Madras plague regulations and rules for district municipalities and other towns and villages
Disease focus: Plague
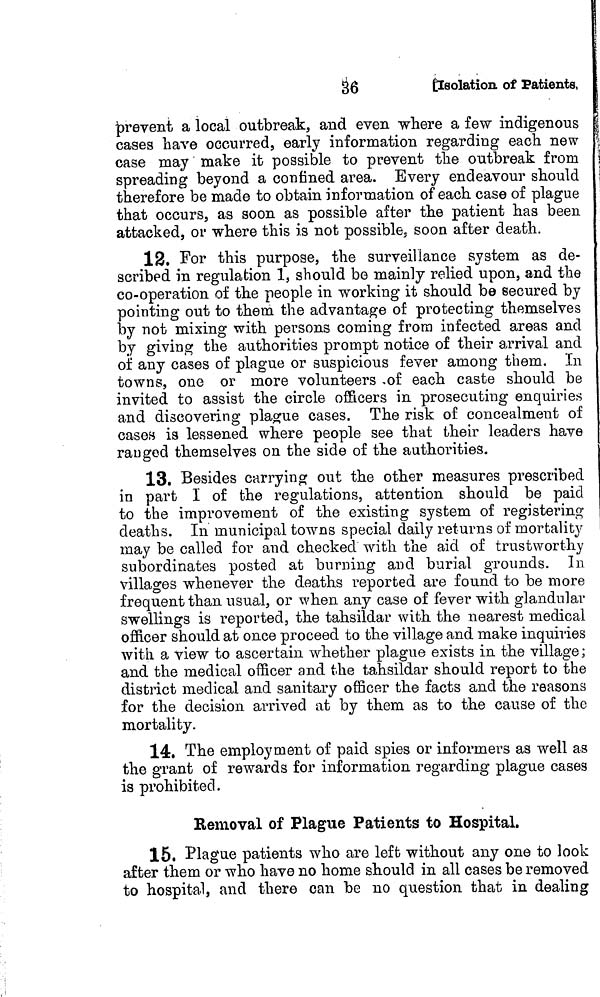
36
Isolation of Patients,
jprevent a local outbreak, and even where a few indigenous
cases have occurred, early information regarding each new
case may make it possible to prevent the outbreak from
spreading beyond a confined area. Every endeavour should
therefore be made to obtain information of each case of plague
that occurs, as soon as possible after the patient has been
attacked, or where this is not possible s soon after death.
12. For this purpose, the surveillance system as de-
scribed in regulation 1, should be mainly relied upon, and the
co-operation of the people in working it should be secured by
pointing out to them the advantage of protecting themselves
by not mixing with persons coming from infected areas and
by giving the authorities prompt notice of their arrival and
of any cases of plague or suspicious fever among them. In
towns, one or more volunteers of each caste should be
invited to assist the circle officers in prosecuting enquiries
and discovering plague cases. The risk of concealment of
cases is lessened where people see that their leaders have
ranged themselves on the side of the authorities.
13. Besides carrying out the other measures prescribed
in part I of the regulations, attention should be paid
to the improvement of the existing system of registering
deaths. In municipal towns special daily returns of mortality
may be called for and checked with the aid of trustworthy
subordinates posted at burning and burial grounds. In
villages whenever the deaths reported are found to be more
frequent than usual, or when any case of fever with glandular
swellings is reported, the tahsildar with the nearest medical
officer should at once proceed to the village and make inquiries
with a view to ascertain whether plague exists in the village ;
and the medical officer and the tahsildar should report to the
district medical and sanitary officer the facts and the reasons
for the decision arrived at by them as to the cause of the
mortality.
14. The employment of paid spies or informers as well as
the grant of rewards for information regarding plague cases
is prohibited.
Removal of Plague Patients to Hospital.
15. Plague patients who are left without any one to look
after them or who have no home should in all cases be removed
to hospital, and there can be no question that in dealing